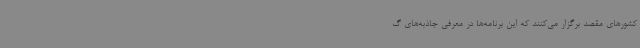
کشورهای مقصد برگزار می‌کنند که این برنامه‌ها در معرفی جاذبه‌های گ